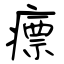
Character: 瘭